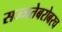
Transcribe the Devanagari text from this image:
सज्जतेबरोबरच